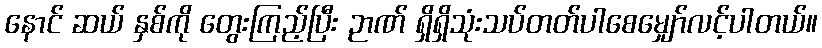
နောင် ဆယ် နှစ်ကို တွေးကြည့်ပြီး ဉာဏ် ရှိရှိသုံးသပ်တတ်ပါစေမျှော်လင့်ပါတယ်။